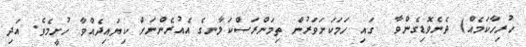
ހުރިހާކަމެއް) ދެނެވޮޑިގެންވާ  ގައި ހަމަކަށަވަރުން ތިމަންރަސްކަލާނގެ އެއުރެންނަށް ކިޔައިދެއްވާ ހުށީމެވެ. އަދި